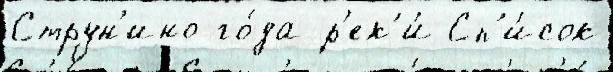
Струн'ино го́да р'ек'и́ Сп'и́сок